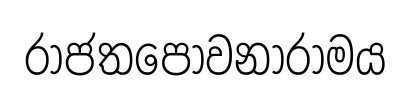
රාජතපෝවනාරාමය